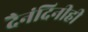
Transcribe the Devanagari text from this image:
दैनंदिनीही